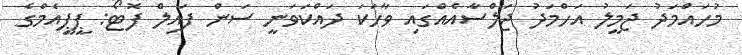
މުހައްމަދު ޖަމީލު އަހްމަދު ޖަލްސާއެއްގައި ވާހަކަ ދައްކަވަނީ ސަން ފައިލް ފޮޓޯ: ޕީޕީއެމްގެ